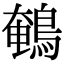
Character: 鵪